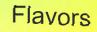
Flavors